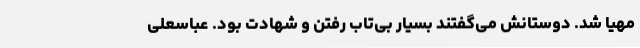
مهیا شد. دوستانش می‌گفتند بسیار بی‌تاب رفتن و شهادت بود. عباسعلی